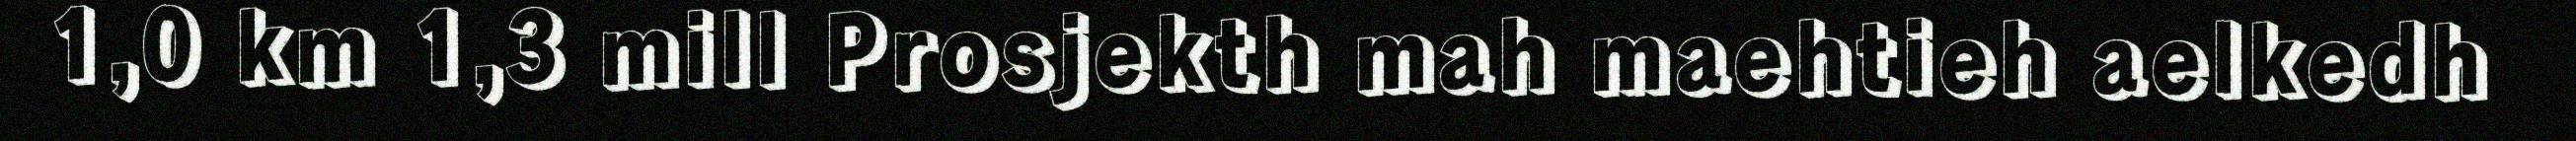
1,0 km 1,3 mill Prosjekth mah maehtieh aelkedh